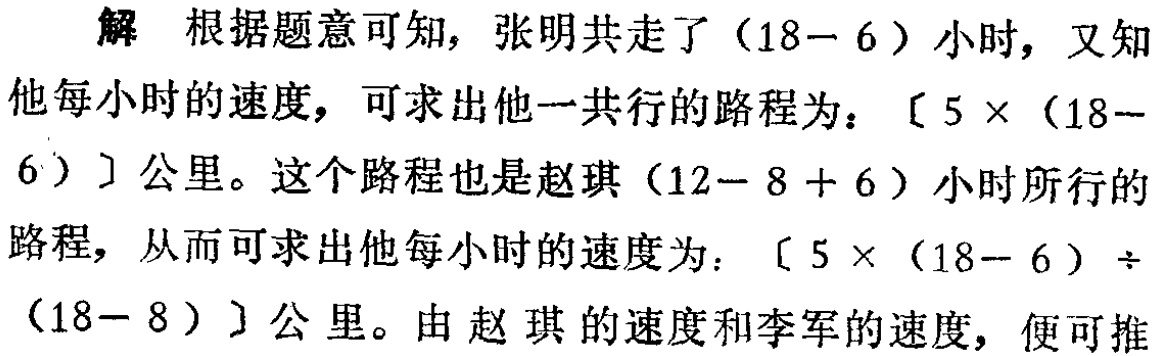
解 根据题意可知，张明共走了\((18 - 6)\)小时，又知他每小时的速度，可求出他一共行的路程为：\([5\times(18 - 6)]\)公里。这个路程也是赵琪\((12 - 8 + 6)\)小时所行的路程，从而可求出他每小时的速度为：\([5\times(18 - 6)\div(18 - 8)]\)公里。由赵琪的速度和李军的速度，便可推